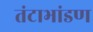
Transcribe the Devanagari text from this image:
तंटाभांडण